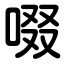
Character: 啜